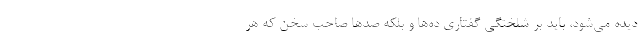
دیده می‌شود، باید بر شلختگی گفتاری ده‌ها و بلکه صدها صاحب سخن که هر